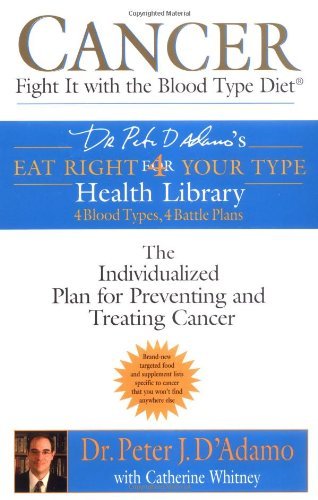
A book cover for Cancer: Fight It with the Blood Type Diet (Eat Right for Your Type Health Library) [Paperback] [2004] (Author) Dr. Peter J. D'Adamo, Catherine Whitney; Health, Fitness & Dieting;